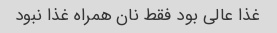
غذا عالی بود فقط نان همراه غذا نبود